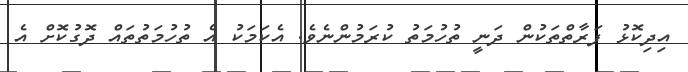
އިދިކޮޅު ފަރާތްތަކުން ދަނީ ތުހުމަތު ކުރަމުންނެވެ. އެކަމަކު އެ ތުހުމަތުތައް ދޮގުކޮށް އެ